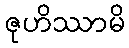
ဇုဟိဿာမိ